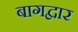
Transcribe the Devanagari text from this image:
बागद्वार